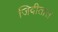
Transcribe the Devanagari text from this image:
जिवीतास